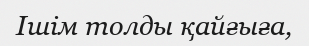
Ішім толды қайғыға,